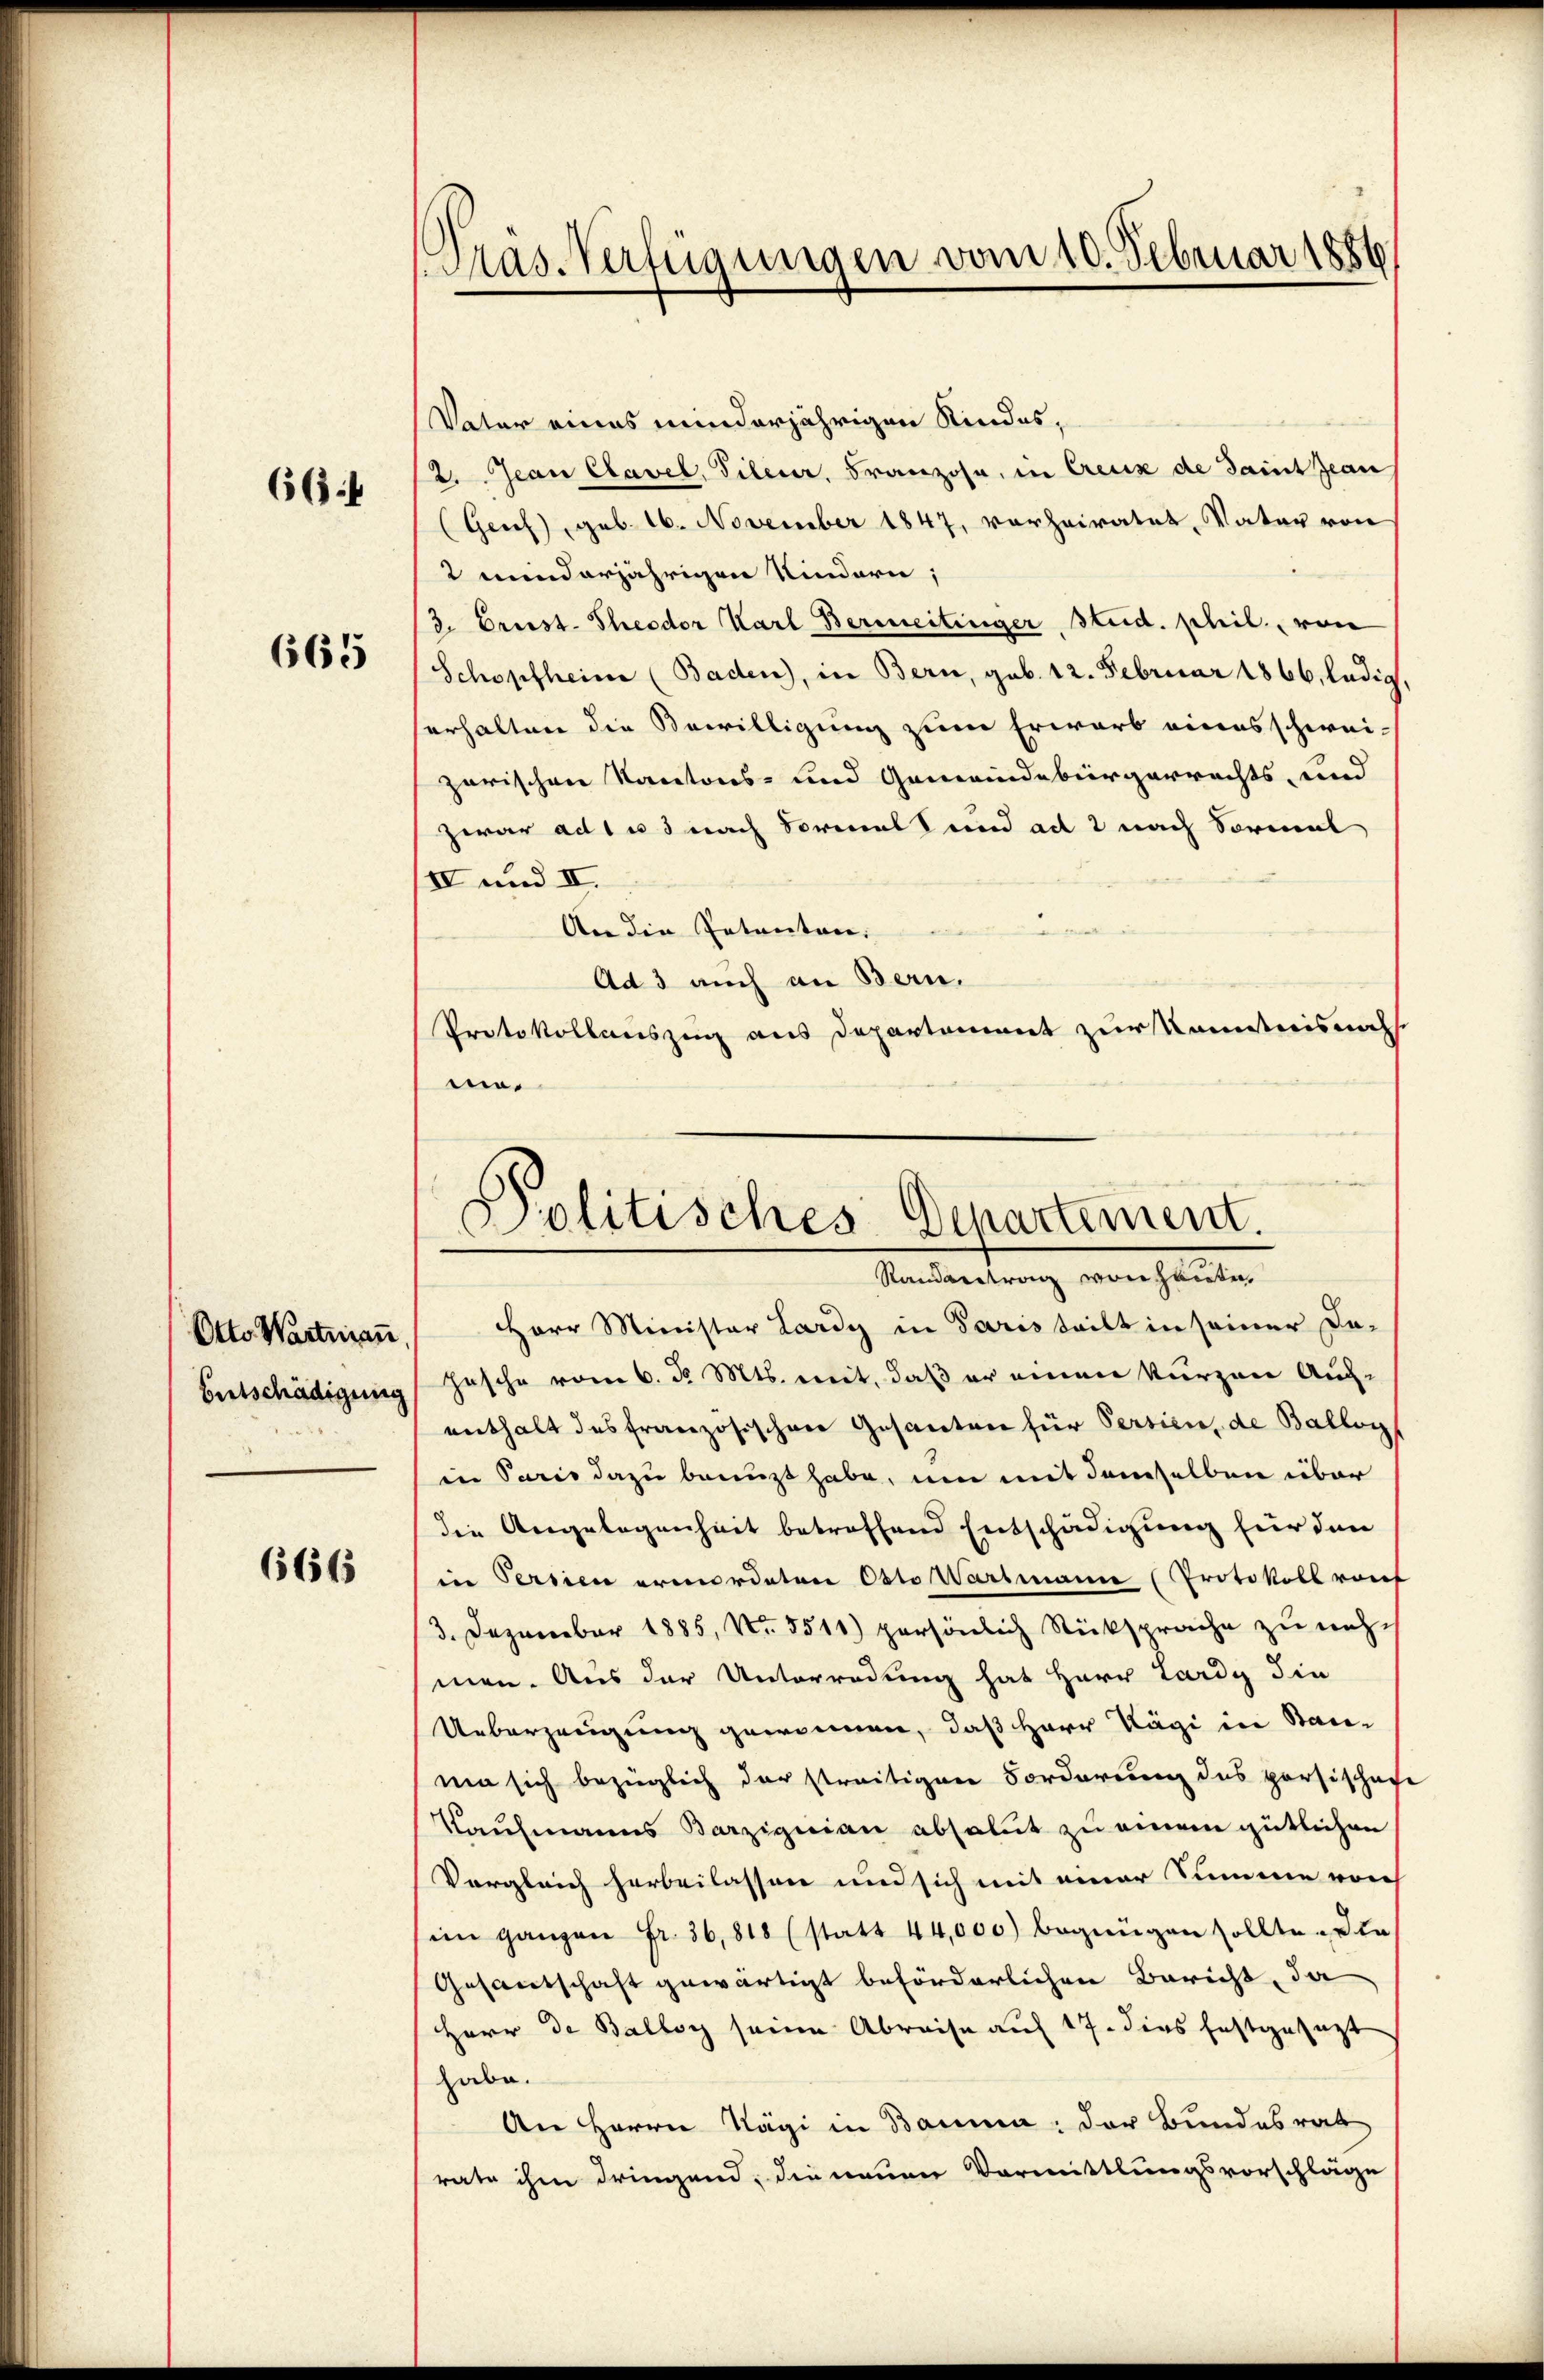
66

665

Entschädigung

6665

Pras-Verfügungen vom 10. Februar 1886

Vater eines minderjährigen Kindes¬
2. Jean Clavel, Diler, Franzose, in Creux de Saint auf
(Genf geb. 16. November 1847, vorheiratet, Vater von
2 minderjährigen Kindern;
/3. Griest. Theodor Karl Bereitinger, Steid. phil., von
Schopfheim (Baden), in Bern, geb. 12. Februar 1866, ledig
serhalten die Bewilligung zum Erwarb eines schwei-
zarischen Kantons- und Gemeindebürgerrechts, und
zwar ad 1 u 3 nach Formal und ad 2 nach Sormal
IV und II.
An die Petenten.
Ad 3 auch an Bern.
Protokollauszug aus Departement zur Kenntnisnah
m¬
Otto Wartmaṅ, Herr Minister Lardy in Paris teilt in seiner Da-
Hasche vom 6. d. Mts. mit, daß er einen kurzen Auch-
enthalt das französischen Gesanten für Persien, de Ballon
in Paris dazu benuzt habe, um mit demselben über
die Angelegenheit betreffend Entschädigung für den
in Persien ermordeten Otto Wartmanne (Protokoll rout
3. Dezember 1885, No. 5511) persönlich Rücksprache zu nehmnen. Aus der Unterredung hat Herr Lardy die
Ueberzeugung gewonnen, daß Herr Kägi in Stanma sich bezüglich der streitigen Forderung des porsischaft
Kaufmanns Barziguian absolut zu einem gütlichen
Vergleich herbeilassen und sich mit einer Summe von
im ganzen fr. 36,818 (statt 44,000) begnügen sollte. Die
Gesantschaft gewärtigt beförderlichen Bericht, da
Herr de Balloy seine Abreise auf 17. dies festgesezt
habe.
An Herrn Nägi in Bauma, der Bundesrat
rate ihm dringend, die neuen Vormittlungsvorschläge

Politisches Departement.
Randantrag von Hauten,